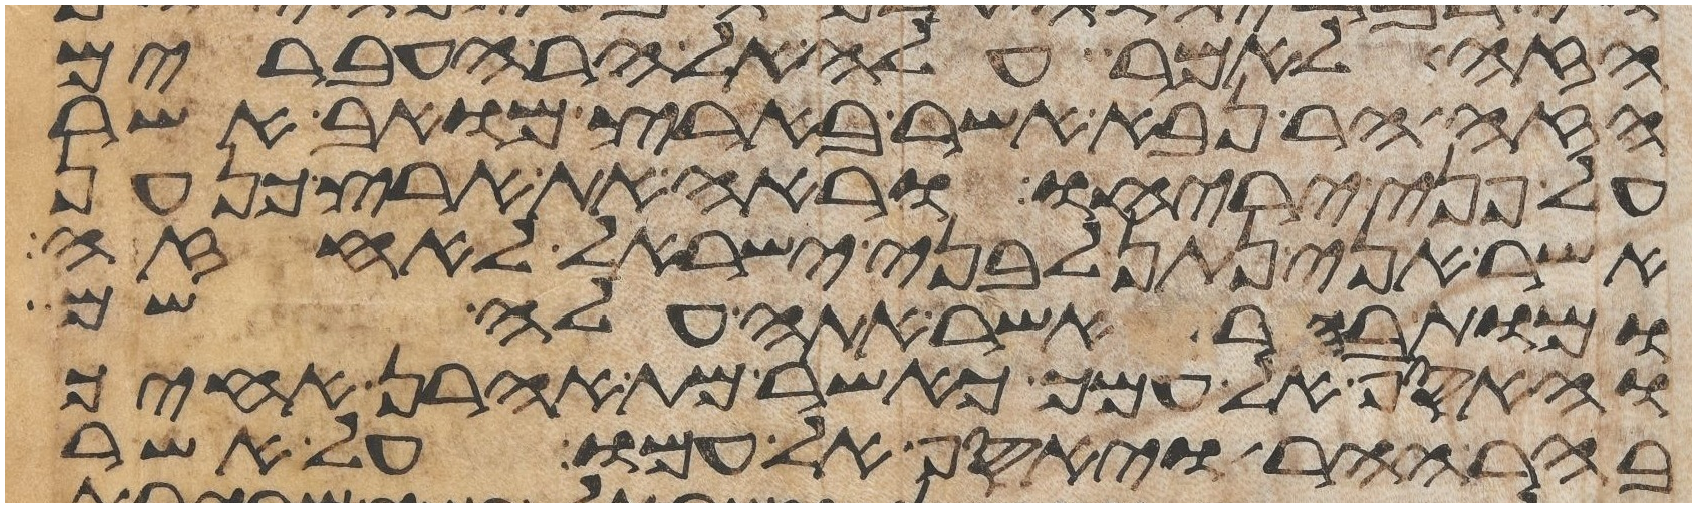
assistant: הזה לאמר עלה אל הר העברים
הזה הר נבא אשר בארץ מואב אשר
על פני יריחו וראה את ארץ כנען
אשר אני נתן לבני ישראל לאחזה
ומות בהר אשר אתה עלה שמה
והאסף אל עמך כאשר מת אהרן אחיך
בהר ההר ויאסף אל עמו על אשר